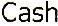
CASH